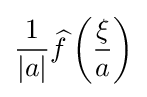
{\frac {1}{|a|}}{\widehat {f}}\left({\frac {\xi }{a}}\right)